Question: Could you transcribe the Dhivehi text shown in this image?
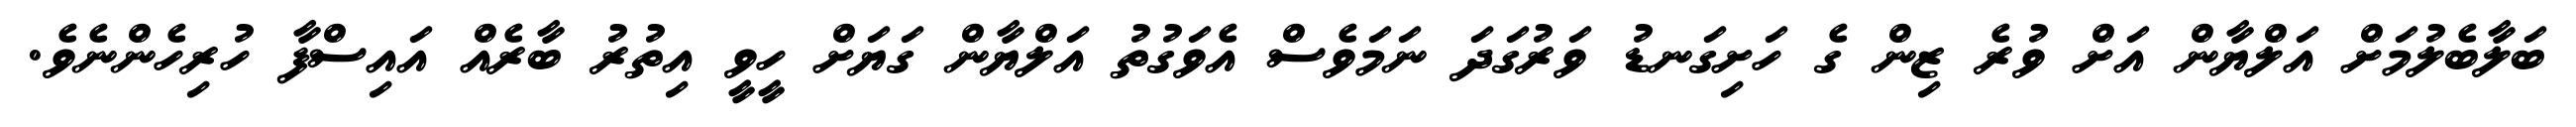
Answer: ބަލާބެލުމަށް އަލްޔާން އަށް ވުރެ ޒިން ގެ ހަށިގަނޑު ވަރުގަދަ ނަމަވެސް އެވަގުތު އަލްޔާން ގަޔަށް ހީވީ އިތުރު ބާރެއް އައިސްފާ ހުރިހެންނެވެ.